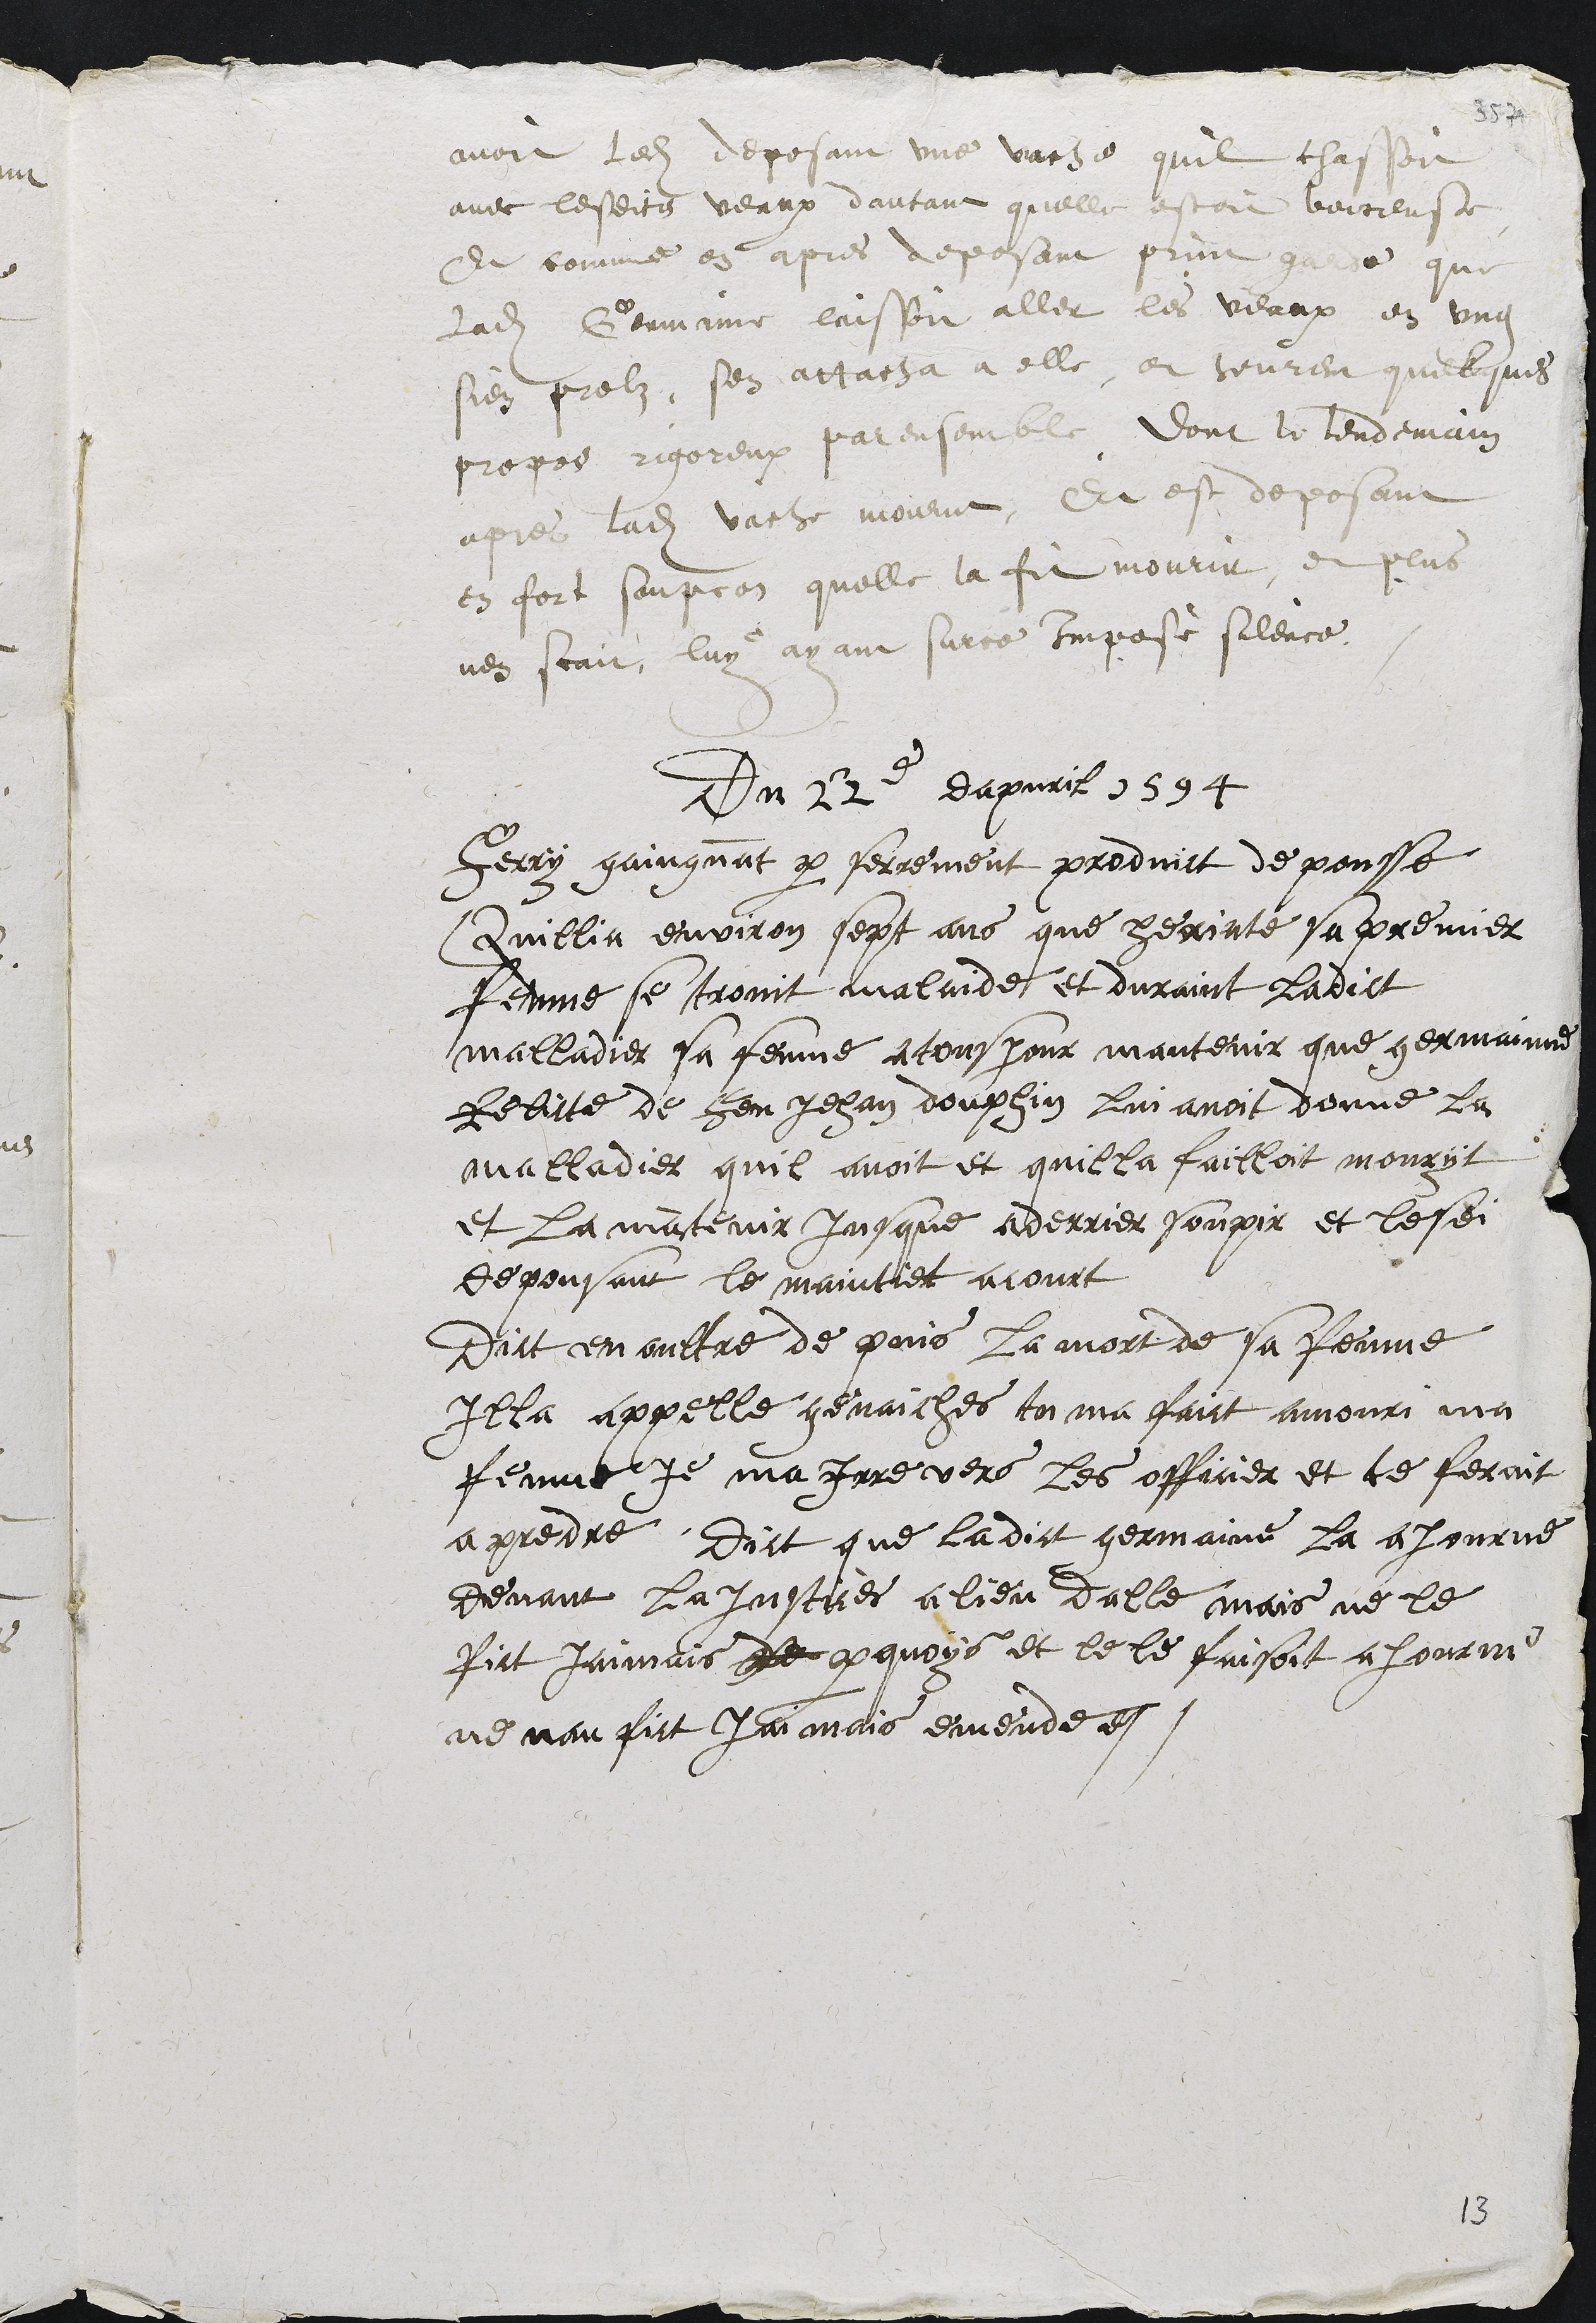
avoit ledit deposant une vache quil chassoit
avec lesdits veaux dautant quelle estoit boiteuse
Et comme en apres deposant print garde que
ladite Germaine laissoit aller les veaux en ung
sien prelz, sen attacha a elle, et heurent quelques
propos rigoreux par ensemble dont le lendemain
apres ladite vache mourut, Et est deposant
en fort soupcon quelle la fit mourir, et plus
nen scait, luy ayant surce imposé silence.
Du 22e dapvril 1594
Ferry gaingnant par serrement produict depousse
Quillia environ sept ans que Heriate sa premier
femme se trovit malaide et duraint ladict
malladier sa femme a tousjour mantenir que germainne
Relicte de feu Jehan douphin lui avoit donne la
malladie quil avoit et quilla failloit mouryt
et la mantenir jusque aderrier soupir et lesdits
deposant le maintiet acourt
Dict en oultre de puis la mort de sa femme
Illa appelle genaiches tu ma faict amouri ma
femme, je ma Irre vers les officier et te feroit
a prendre, Dict que ladit germaine la ajourne
devant la Justices a lieu dalle mais ne le
fict jaimais de parquoys et le le faisoit ajourné
ne nan fut jaimais emendee.

13